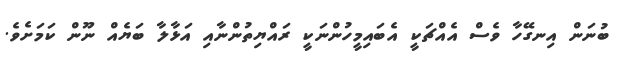
ބުނަން އިނގޭހާ ވެސް އެއްޗަކީ އެބައިމީހުންނަކީ ރައްޔިތުންނާއި އަޅާލާ ބަޔެއް ނޫން ކަމަށެވެ.